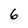
Character: 6